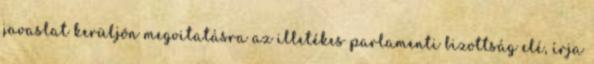
javaslat kerüljön megvitatásra az illetékes parlamenti bizottság elé, írja